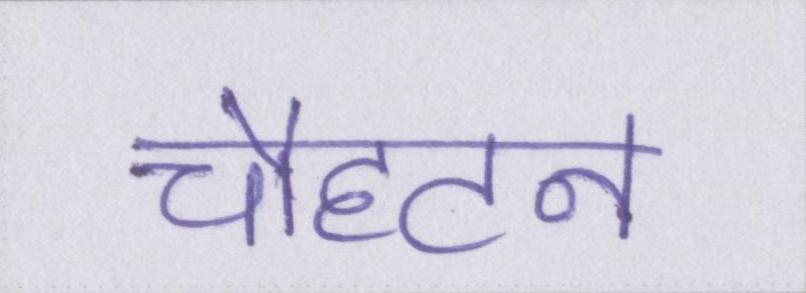
चौहटन